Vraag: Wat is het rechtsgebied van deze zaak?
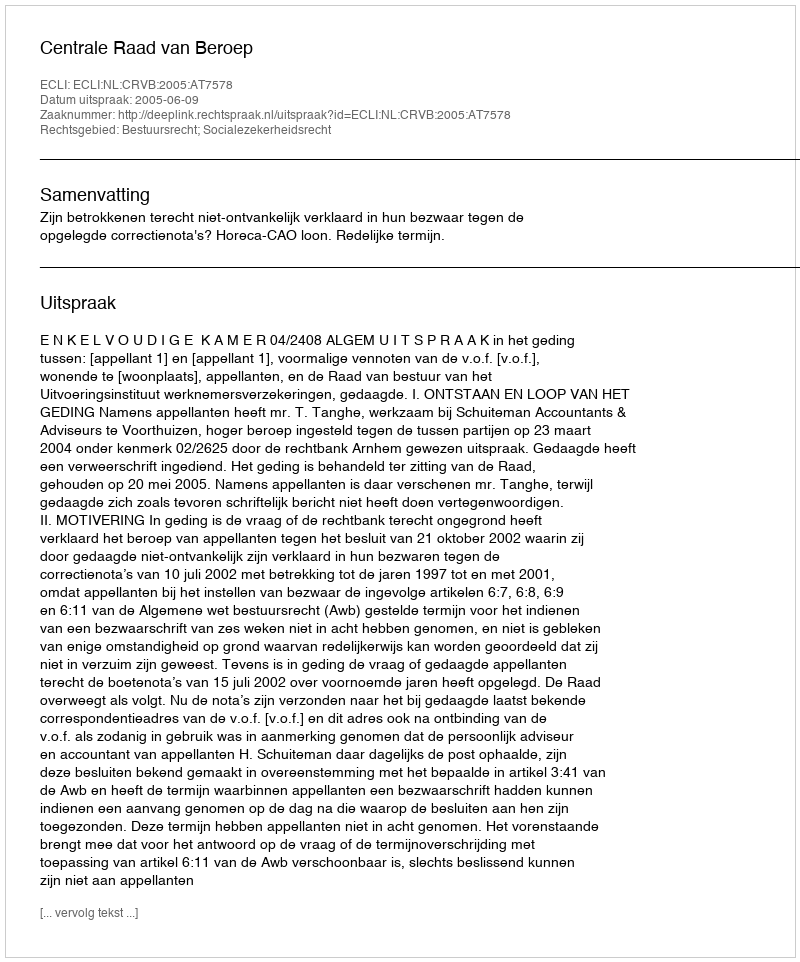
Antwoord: Bestuursrecht; Socialezekerheidsrecht